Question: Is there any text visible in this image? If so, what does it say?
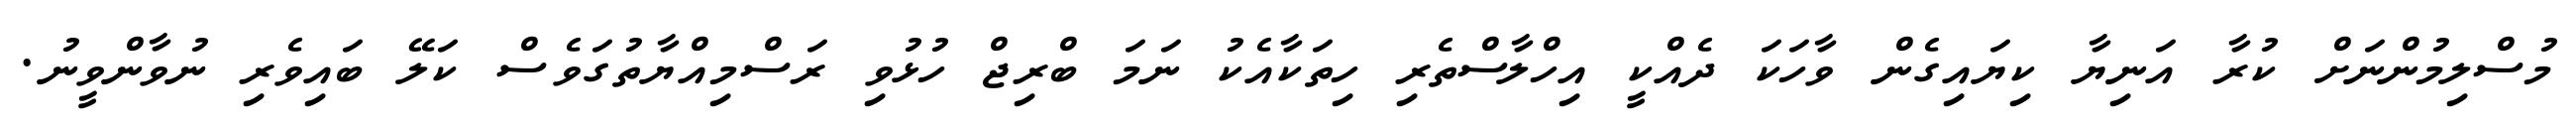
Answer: މުސްލިމުންނަށް ކުރާ އަނިޔާ ކިޔައިގެން ވާހަކަ ދެއްކީ އިހްލާސްތެރި ހިތަކާއެކު ނަމަ ބްރިޖް ހުޅުވި ރަސްމިއްޔާތުގަވެސް ކަލޭ ބައިވެރި ނުވާންވީނު.